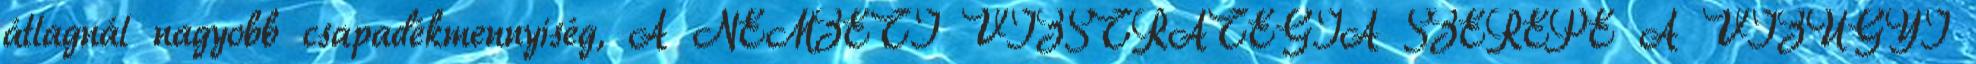
átlagnál nagyobb csapadékmennyiség, A NEMZETI VÍZSTRATÉGIA SZEREPE A VÍZÜGYI